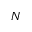
N